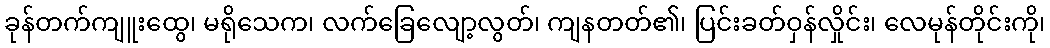
ခုန်တက်ကျူးထွေ၊ မရိုသေက၊ လက်ခြေလျော့လွတ်၊ ကျနတတ်၏၊ ပြင်းခတ်ဝှန်လှိုင်း၊ လေမုန်တိုင်းကို၊